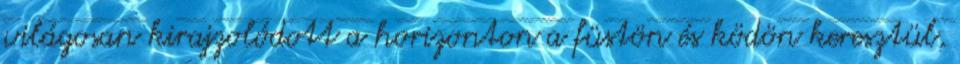
világosan kirajzolódott a horizonton a füstön és ködön keresztül,